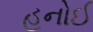
હનોઈ